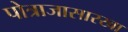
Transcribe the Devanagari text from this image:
पोत्राजासारखा